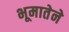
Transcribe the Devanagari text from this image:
भूमातेने